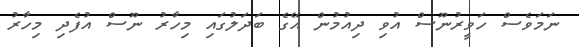
ނަމަވެސް ހަވީރުނޫސް އުވި ދިއުމުން އޭގެ ބަދަލުގައި މިހާރު ނޫސް އުފެދި މިހާރު